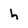
Character: h